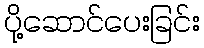
ပို့ဆောင်ပေးခြင်း